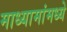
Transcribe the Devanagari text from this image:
माध्यामांमध्ये